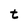
Character: t